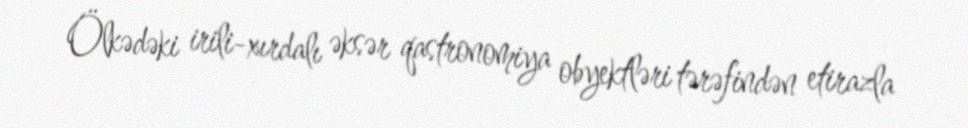
Ölkədəki irili-xırdalı əksər qastronomiya obyektləri tərəfindən etirazla